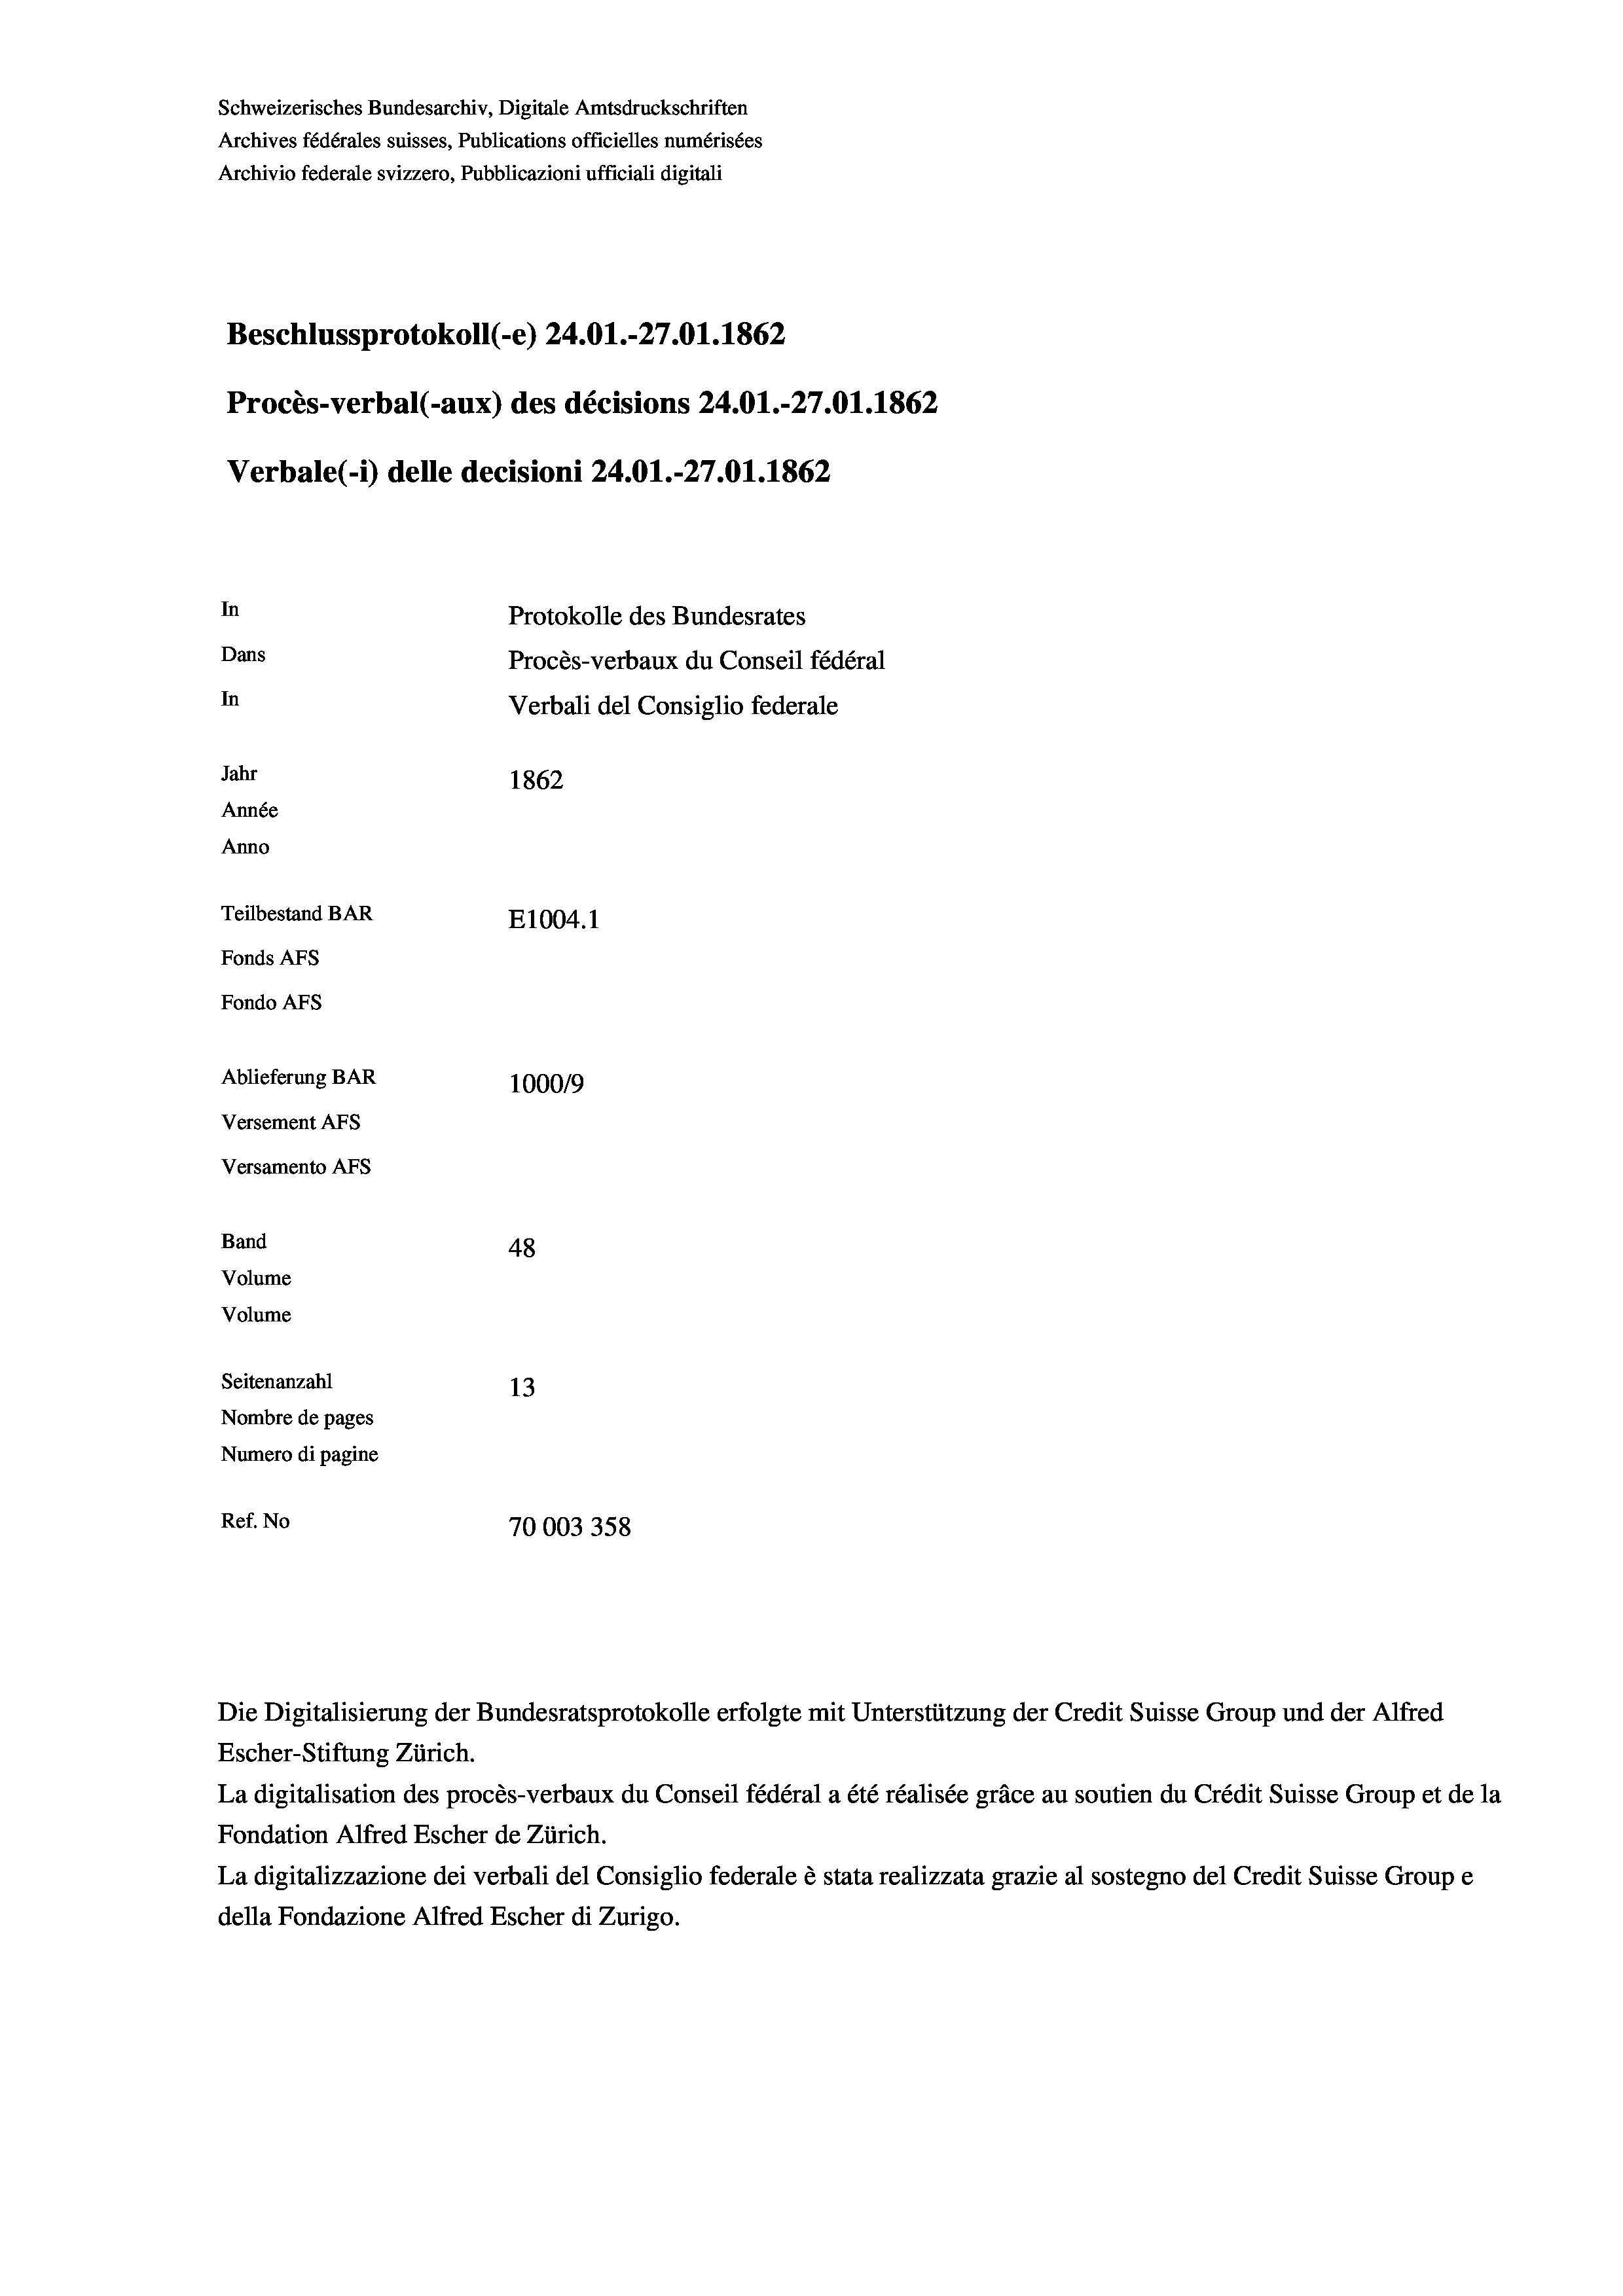
Schweizerisches Bundesarchiv, Digitale Amtsdruckschriften
Archives fédérales suisses, Publications officielles numérisées
Archivio federale svizzero, Pubblicazioni ufficiali digitali
Beschlussprotokoll (-e) 24.01.-27.01. 1862
Procès-verbal (-aux) des décisions 24.01.-27.01. 1862
Verbale(-*) delle decisioni 24.01.-27.01. 1862
In
Protokolle des Bundesrates
Dans
Procès-verbaux du Conseil fédéral
In
Verbali del Consiglio federale
Jahr
1862
Année
Anno
Teilbestand BAR
E1004. 1
Fonds AFs
Fondo AFS
Ablieferung BAR
100019
Versement AFs
Versamento AFs

48
Seitenanzahl
13
Nombre de pages
Numero di pagine
Ref. No
70003358

Band
Volume
Volume

Escher-Stiftung Zürich.
La digitalisation des procès-verbaux du Conseil fédéral a été réalisée gräce au soutien du Crédit Suisse Group et de la
Fondation Alfred Escher de Zürich.
La digitalizzazione dei verbali del Consiglio federale è stata realizzata grazie al sostegno del Credit Suisse Groupe
della Fondazione Alfred Escher di Zurigo.

Die Digitalisierung der Bundesratsprotokolle erfolgte mit Unterstützung der Credit Suisse Group und der Alfred